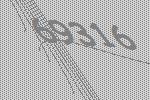
69316